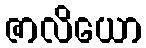
ဇာလိယော